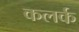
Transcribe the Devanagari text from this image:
कलर्क